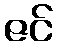
ဇင်